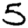
Digit: 5